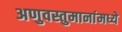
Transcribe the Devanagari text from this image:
अणुवस्तुमानांमध्ये